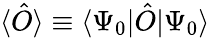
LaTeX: \langle\hat{O}\rangle\equiv\langle\Psi_{0}|\hat{O}|\Psi_{0}\rangle